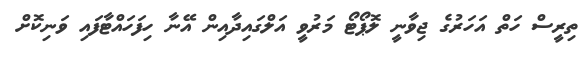
ތިރީސް ހަތް އަހަރުގެ ޖިވާނީ ލޮޕޯޓޯ މަރުުވީ އަލްގައިދާއިން އޭނާ ހިފަހައްޓާފައި ވަނިކޮށް